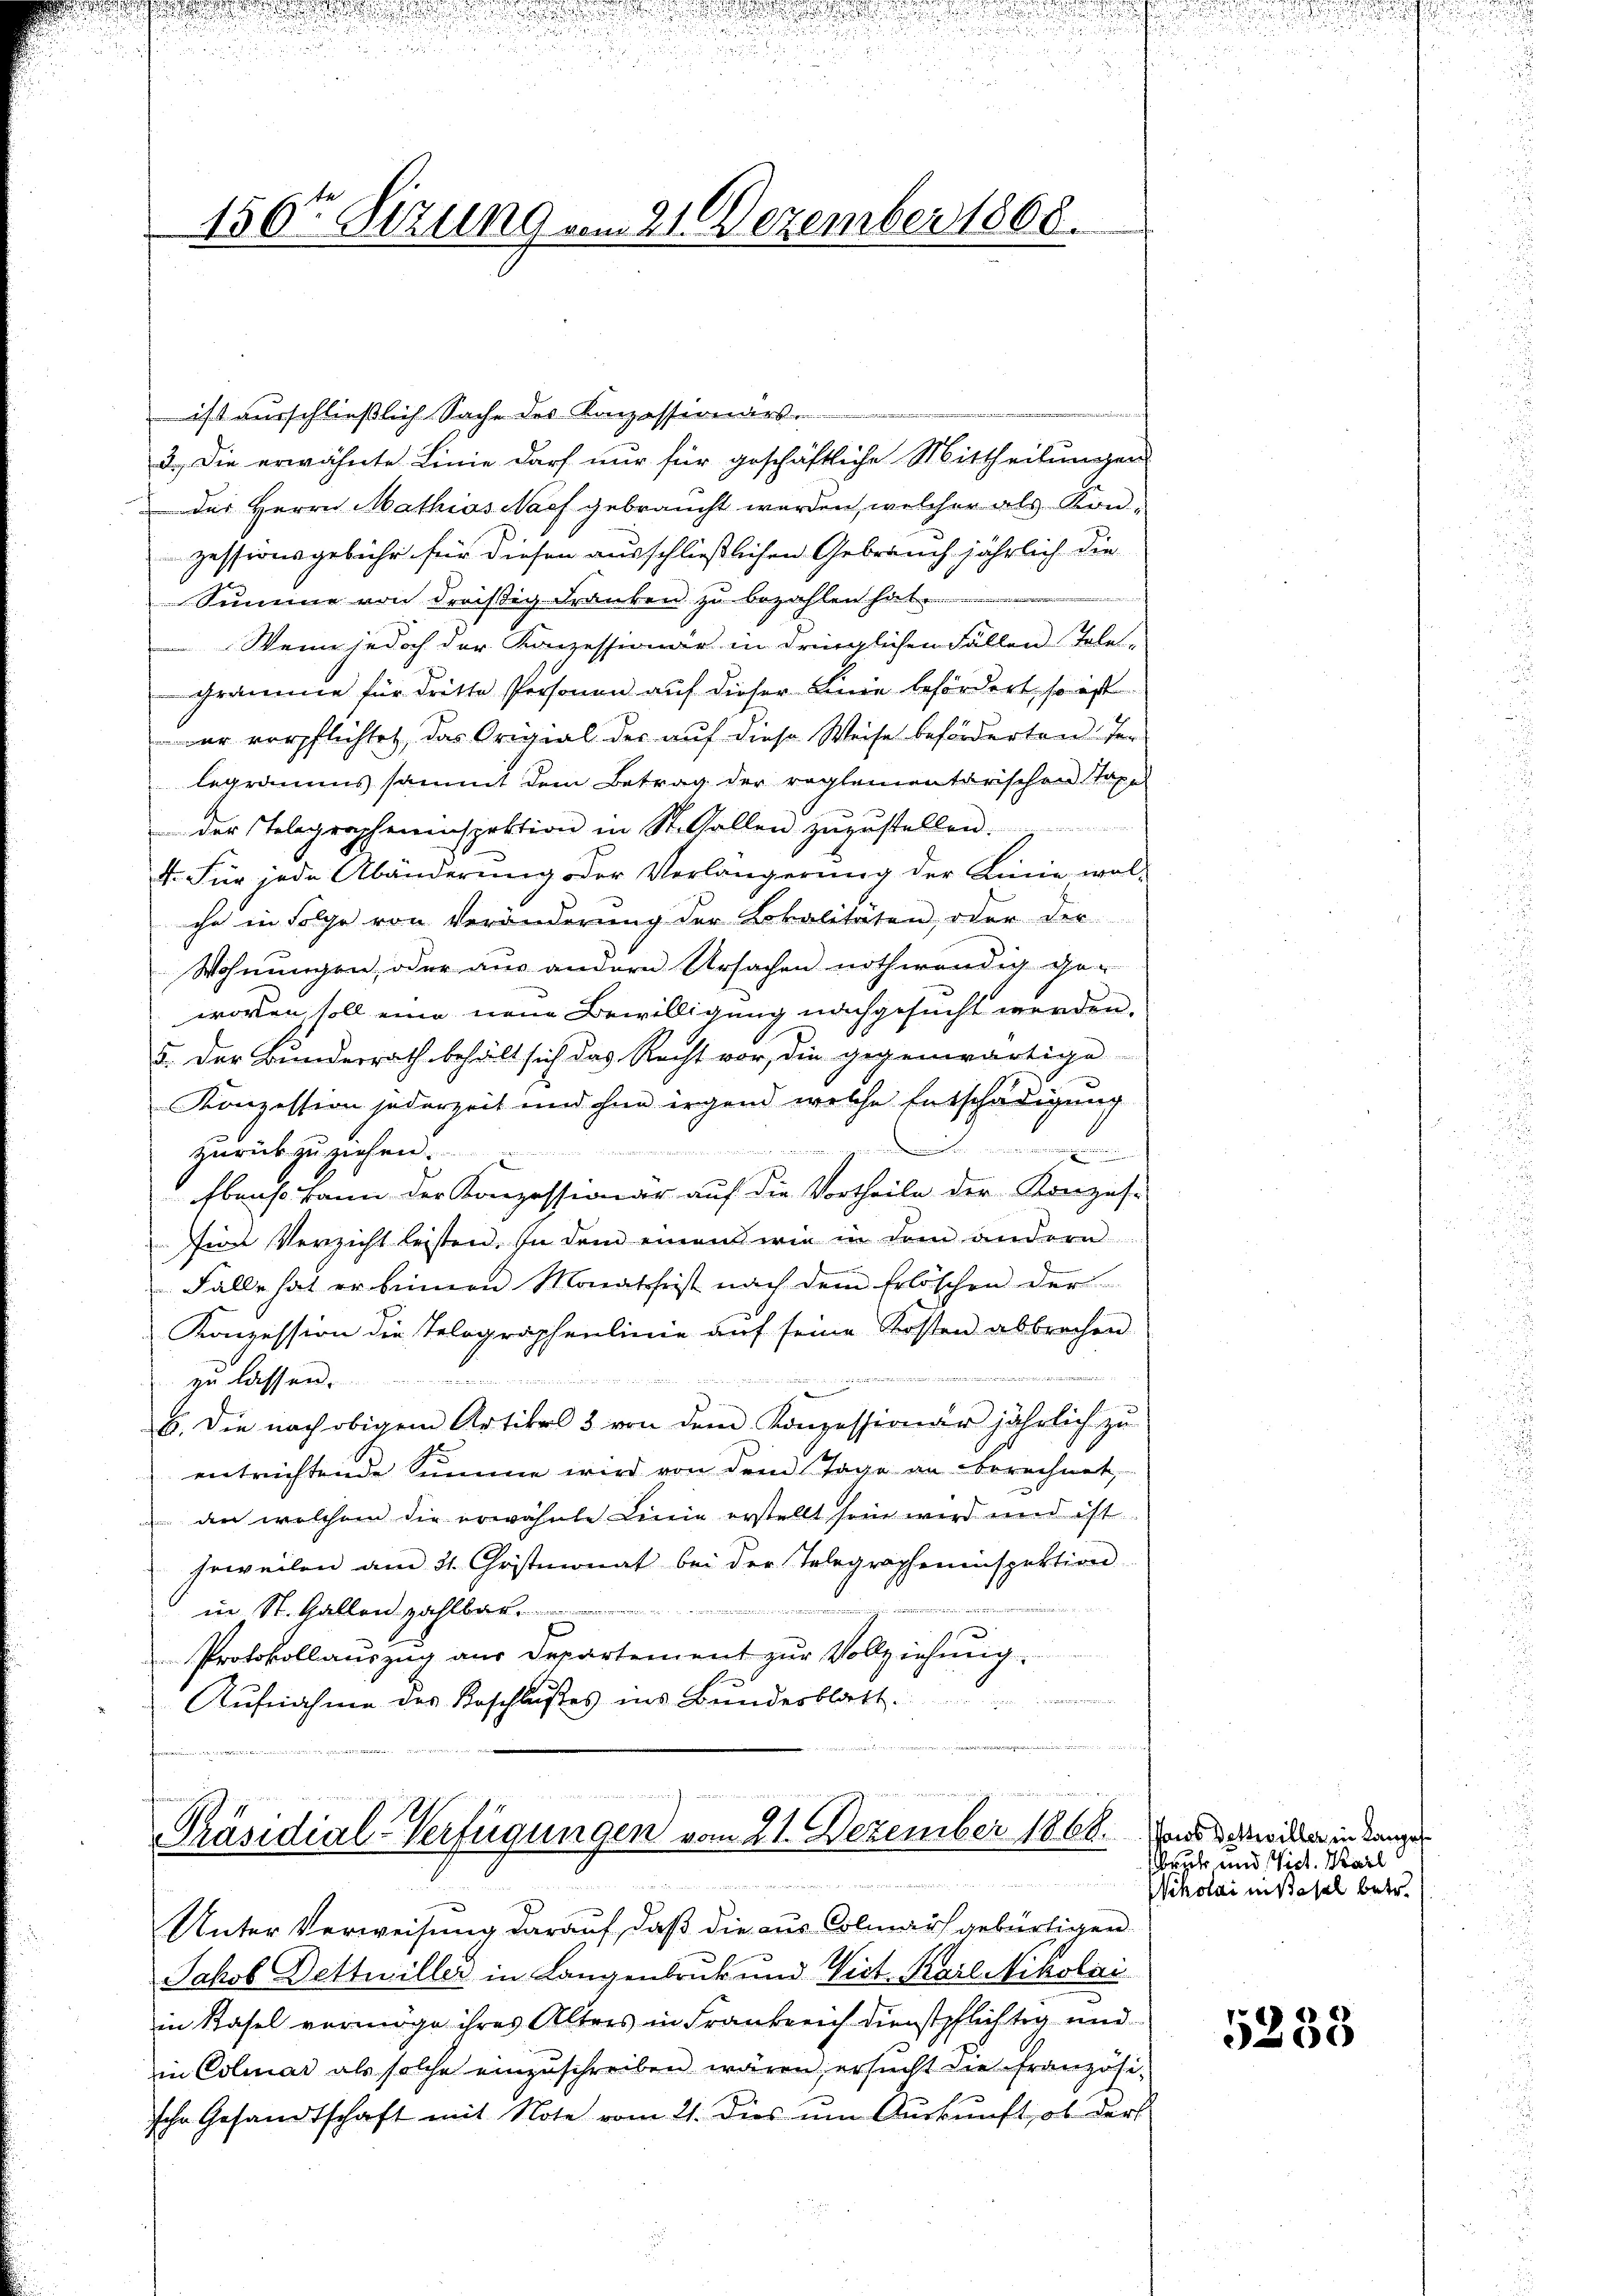
ist ausschließlich Sache des Konzessionars.
2.) Die erwähnte Linie darf nur für geschäftliche Mittheilungen
der Herrn Mathias Nach gebraucht werden, welcher als Konzessionsgebühr für diesen ausschließlichen Gebrauch jährlich die
Summe von dreißig Franken zu bezahlen hat
Wenn jedoch der Konzessionär in dringlichen Fällen Tele-
Gramme für dritte Personen auf dieser Linie befördert, so ist
der verpflichtet, das Origial der auf diese Weise beförderten der
legramms sammt dem Betrag der reglementarischen Taxe
der Telegrapheninspektion in St. Gallen zŭzŭstellen.
4. Für jede Abänderŭng der Verlängerŭng der Linie, wol-
che in Folge von Veränderung der Lokalitäten, oder die
Wohnungen, oder aus andern Ursachen nothwendig geworden, soll eine neue Bewilligung nachgesucht werden.
5. Der Bunderrath behält sich das Recht vor, die gegenwärtige
Konzession jederzeit und ihne irgend welche Entschädigung
 innige ich einen
s
zurückzuziehen.
E
Ebenso kann der Konzessionär auf die Vortheile der Konzes-
in Verzicht leisten. In dem einen wie in dem andern
Fälle hat er keinen Monatshist nach dem Erlöschen der
Konzession die Telographenlinie auf seine Kosten abbrechen
Runser
 zu lassen.

b. Die nach obigem Artikel 3 von dem Konzessionär jährlich zu
entrichtende Summe wird von dem Tage an berechnet,
 an welchem die erwähnte Linie erstellt sein wird und ist
soweilen am 21. Christmonat bei der Telegrapheninspektion
in St. Gallen zahlbar
Protokollauszug aus Departement zur Vollziehung.
Aŭfnahme des Beschlußes ins Bundesblatt

150te Sizung vom 21. Dezember 1868.

e
am wenige mi
Präsidial-Verfügungen vom 21. Dezember 1868. und da willer in Langel
i

Unter Verweisung darauf, daß die aus Colmar gebürtigen
Jakob Dettwiller in Langenbruck und Vict. Karl Nikolai
in Kasel vermöge ihres Alters in Frankreich dienstpflichtig und
in Colmar als solche einzŭschreiben wären, ersŭcht die Französi-
sche Gesandtschaft mit Note vom 21. Dies um Auskunft, ob der

sbruch, und Vict. Karl
Nikolai in dasel betr.

5238